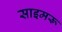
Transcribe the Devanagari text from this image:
साइमरू